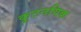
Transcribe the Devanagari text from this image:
कूटनयिक